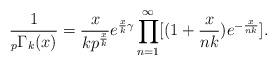
LaTeX: \begin{align*}\frac{1}{_{p}\Gamma_{k}(x)}=\frac{x}{kp^{\frac{x}{k}}}e^{\frac{x}{k}\gamma}\prod_{n=1}^{\infty}[(1+\frac{x}{nk})e^{-\frac{x}{nk}}].\end{align*}